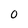
Character: 0